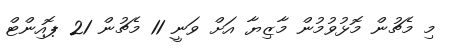
މި މެޗުން މޮޅުވުމުން މާޒިޔާ އަށް ވަނީ 11 މެޗުން 21 ޕޮއިންޓް